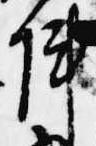
陣